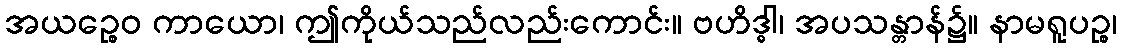
အယဉ္စေဝ ကာယော၊ ဤကိုယ်သည်လည်းကောင်း။ ဗဟိဒ္ဓါ၊ အပသန္တာန်၌။ နာမရူပဉ္စ၊